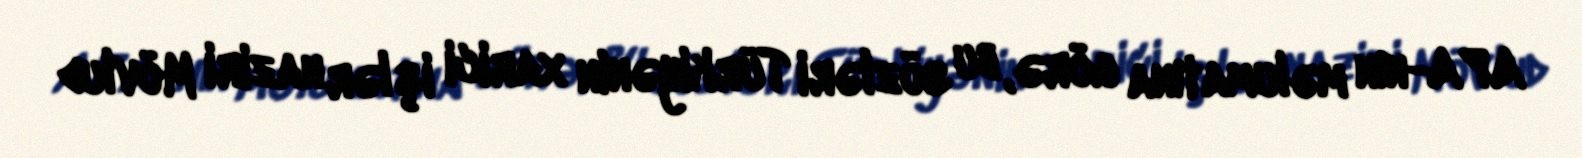
APA-nın məlumatına görə, bu sözləri Türkiyənin xarici işlər naziri Mövlud